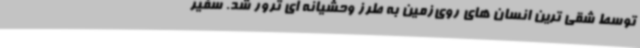
توسط شقی ترین انسان های روی‌زمین به طرز وحشیانه ای ترور شد. سفیر